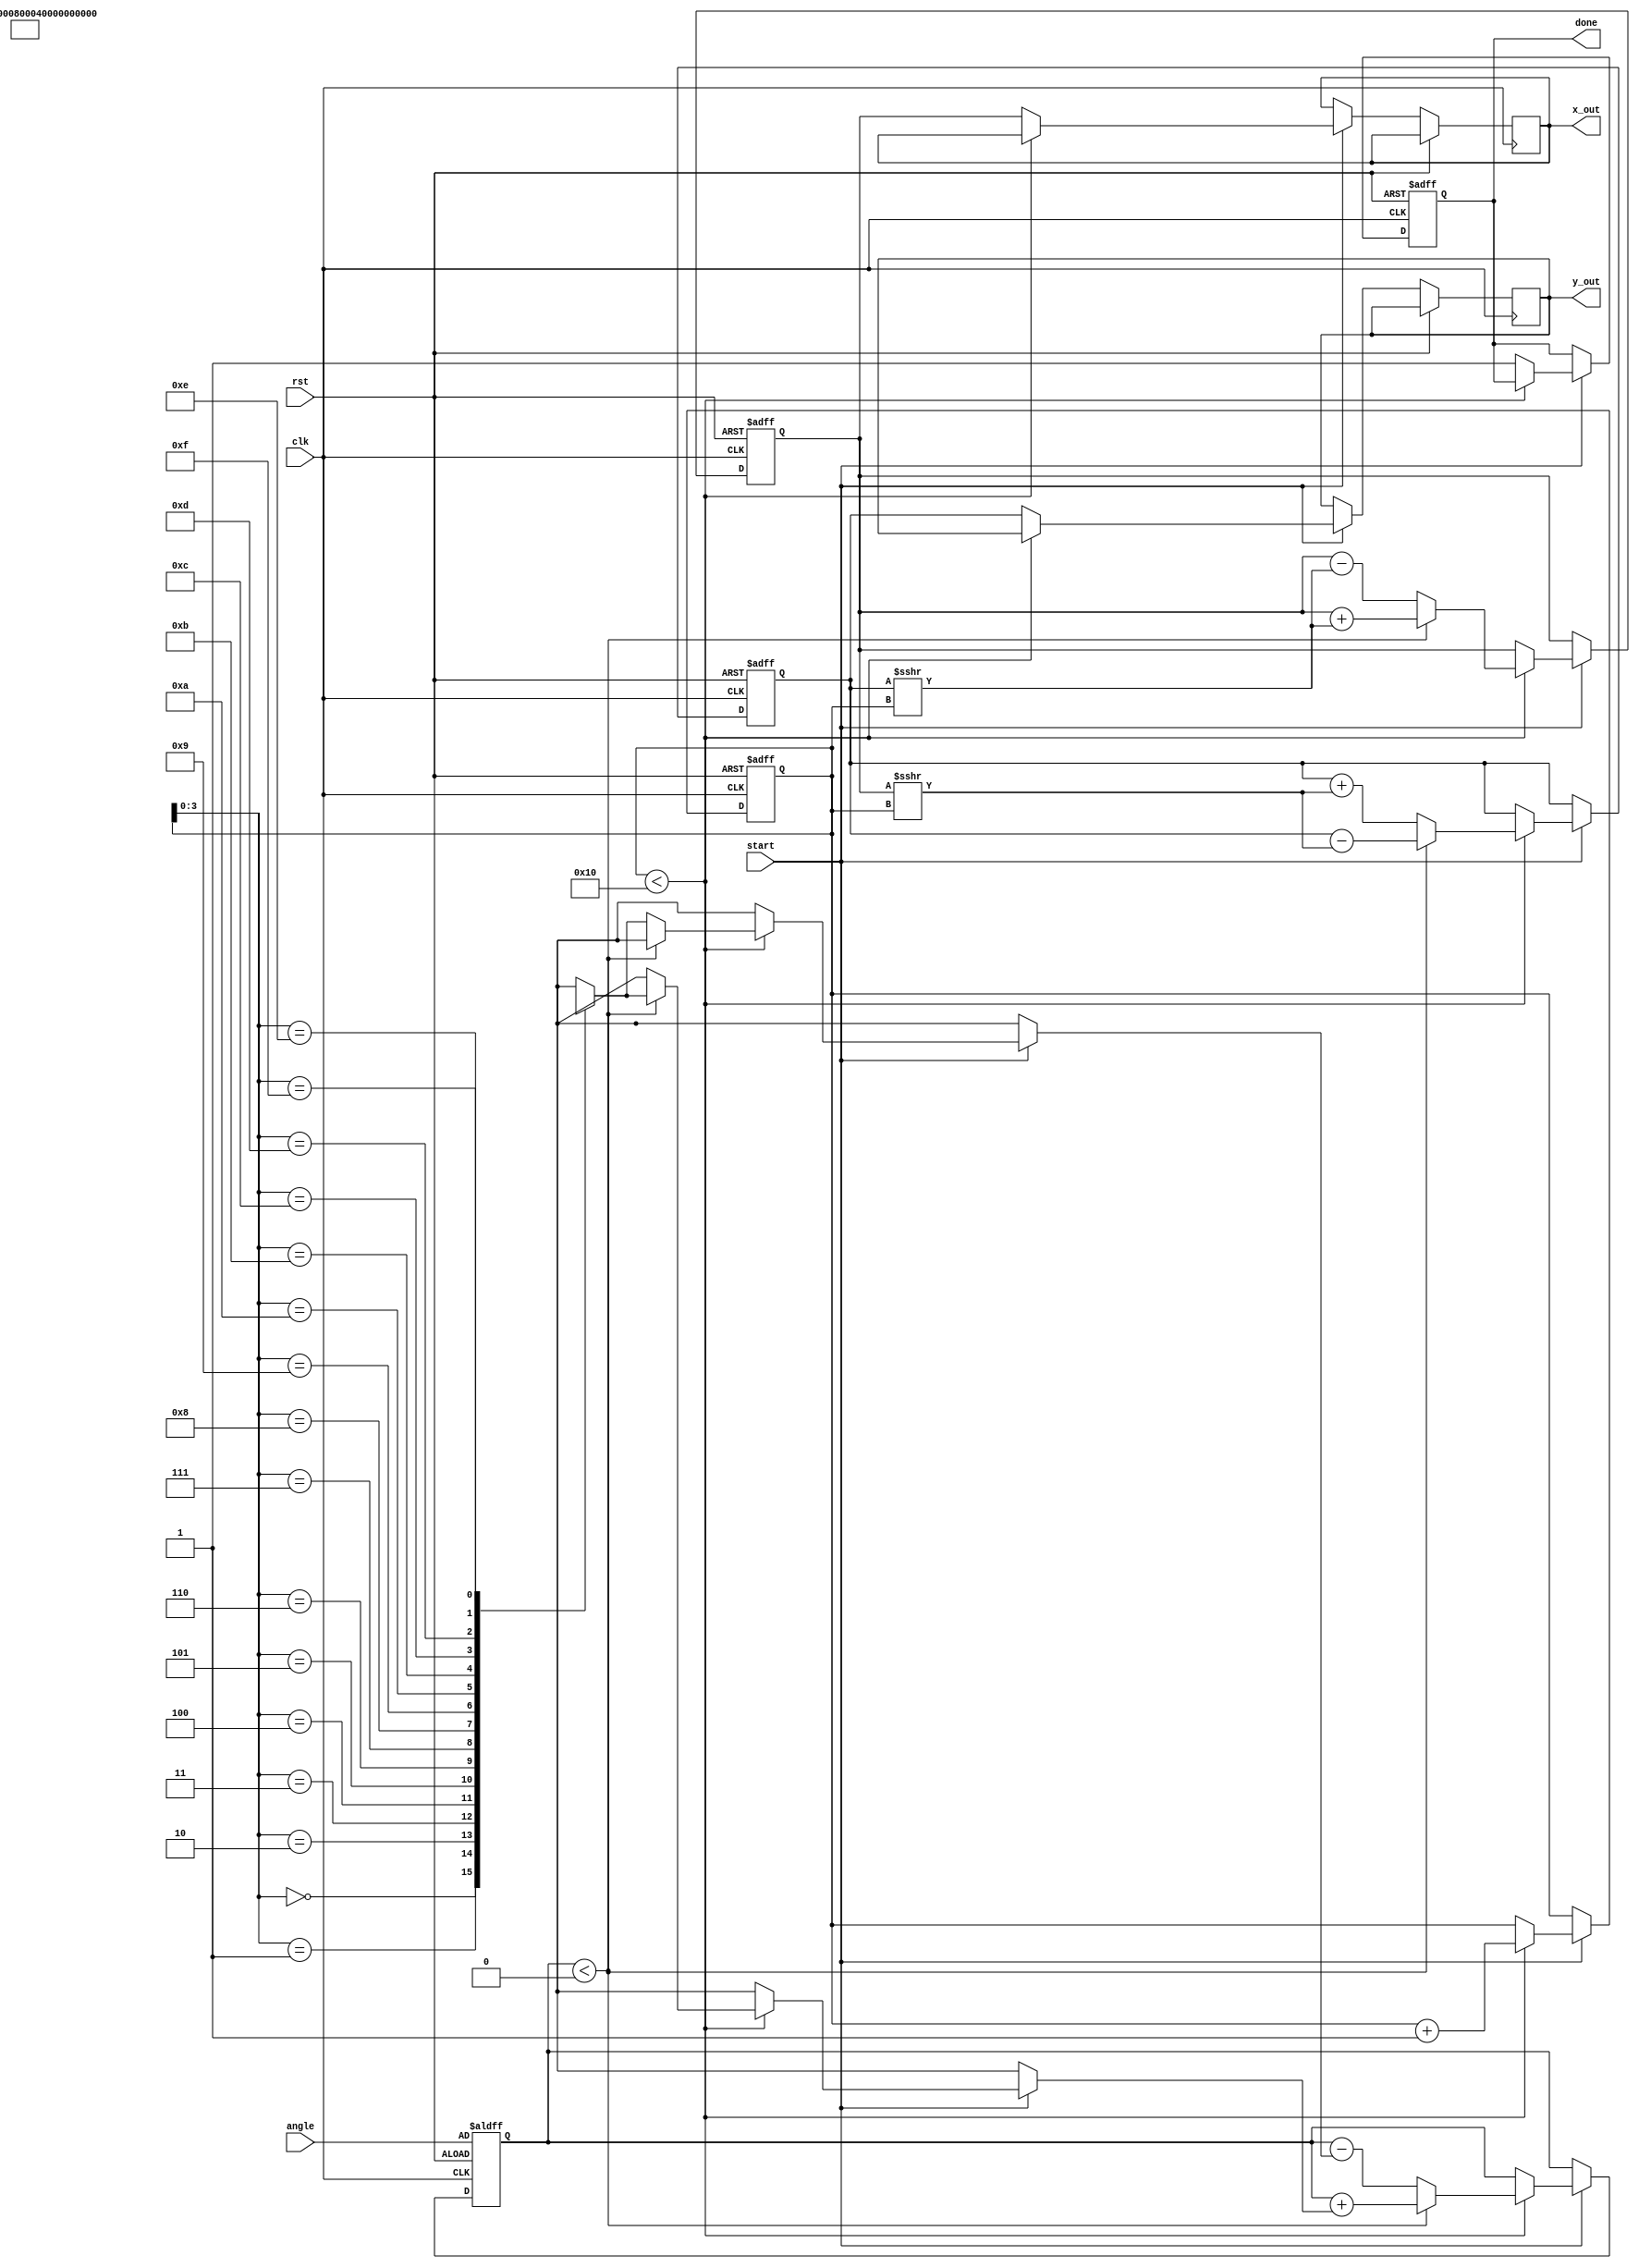
module cordic_fixed_point #(
    parameter WIDTH = 16,         // Bit-width for fixed-point representation
    parameter ITERATIONS = 16     // Number of CORDIC iterations
)(
    input wire clk,               // Clock input
    input wire rst,               // Reset input
    input wire [WIDTH-1:0] angle, // Fixed-point input angle
    input wire start,             // Start signal for computation
    output reg [WIDTH-1:0] x_out, // Output x coordinate
    output reg [WIDTH-1:0] y_out, // Output y coordinate
    output reg done               // Done signal
);

    // Internal signals
    reg [WIDTH-1:0] x, y;         // Internal x and y values
    reg [WIDTH-1:0] z;            // Angle accumulator
    reg [4:0] iteration;          // Iteration counter
    wire [WIDTH-1:0] atan_lut [0:ITERATIONS-1]; // Lookup table for atan values
    reg [WIDTH-1:0] angle_shift;  // Shifted angle for rotation
    reg dir;                      // Direction of rotation

    // Initialize the lookup table with atan(2^-i) values
    initial begin
        atan_lut[0] = 16'h2000; // atan(1) = pi/4 in fixed-point
        // Fill the lookup table with appropriate values
        // These values should be pre-calculated based on the required precision
        atan_lut[1] = 16'h1000; // atan(0.5)
        atan_lut[2] = 16'h0800; // atan(0.25)
        atan_lut[3] = 16'h0400; // atan(0.125)
        atan_lut[4] = 16'h0200; // atan(0.0625)
        atan_lut[5] = 16'h0100; // atan(0.03125)
        // Continue for the rest of the iterations...
    end

    // CORDIC computation logic
    always @(posedge clk or posedge rst) begin
        if (rst) begin
            x <= 16'h1; // Initial x = 1
            y <= 16'h0; // Initial y = 0
            z <= angle; // Load angle
            iteration <= 0; // Reset iteration counter
            done <= 0; // Not done
        end else if (start) begin
            if (iteration < ITERATIONS) begin
                // Determine direction and perform rotation
                if (z < 0) begin
                    dir <= 1; // Rotate clockwise
                    z <= z + atan_lut[iteration]; // Update angle
                    x <= x + (y >>> iteration); // x = x + (y * 2^-i)
                    y <= y - (x >>> iteration); // y = y - (x * 2^-i)
                end else begin
                    dir <= 0; // Rotate counter-clockwise
                    z <= z - atan_lut[iteration]; // Update angle
                    x <= x - (y >>> iteration); // x = x - (y * 2^-i)
                    y <= y + (x >>> iteration); // y = y + (x * 2^-i)
                end
                iteration <= iteration + 1; // Increment iteration
            end else begin
                done <= 1; // Indicate completion
                x_out <= x; // Output final x
                y_out <= y; // Output final y
            end
        end
    end
endmodule